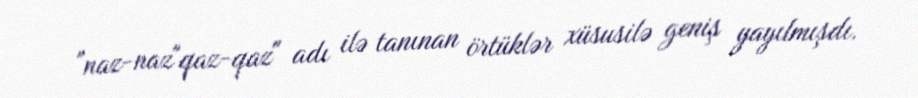
"naz-naz"qaz-qaz" adı ilə tanınan örtüklər xüsusilə geniş yayılmışdı.